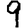
Digit: 9